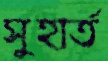
সুহার্ত